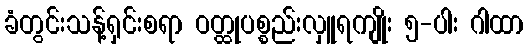
ခံတွင်းသန့်ရှင်းစရာ ဝတ္ထုပစ္စည်းလှူရကျိုး ၅-ပါး ဂါထာ